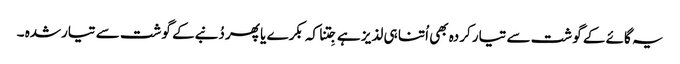
یہ گائے کے گوشت سے تیار کردہ بھی اُتنا ہی لذیز ہے جِتنا کہ بکرے یا پھر دُنبےکے گوشت سے تیارشدہ ۔